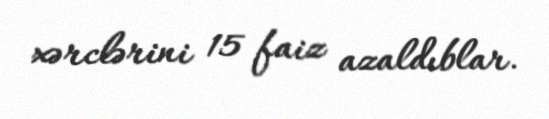
xərclərini 15 faiz azaldıblar.